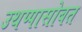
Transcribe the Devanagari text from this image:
उथप्पासोबत